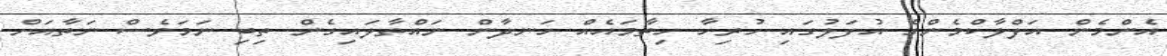
އެންމެން އަފްލާކްމެންގެ އުފަލުގައި ހުރިހާ ހިތާމައެއް ހަނދާން ނައްތާލައިގެން ތިބި ނަމަވެސް ނަތާއަށް